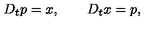
D _ { t } p = x , \qquad D _ { t } x = p ,